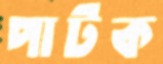
পাটক